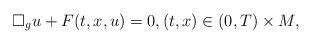
LaTeX: \begin{align*}\Box_g u+F(t,x,u)=0,(t,x)\in (0,T)\times M,\end{align*}